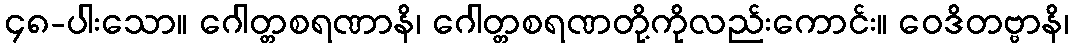
၄၈-ပါးသော။ ဂေါတ္တစရဏာနိ၊ ဂေါတ္တစရဏတို့ကိုလည်းကောင်း။ ဝေဒိတဗ္ဗာနိ၊